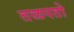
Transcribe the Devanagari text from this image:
तळपतो